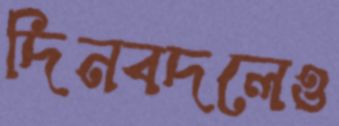
দিনবদলেও